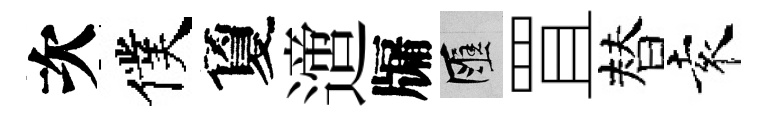
次僕夐𨗁牖匯罝替袁